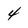
Character: 4